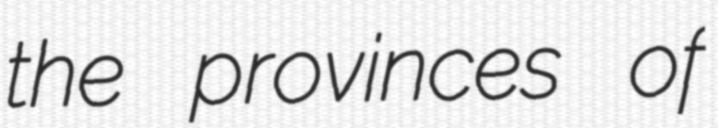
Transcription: the provinces of